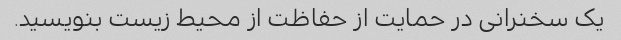
یک سخنرانی در حمایت از حفاظت از محیط زیست بنویسید.